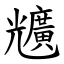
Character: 兤